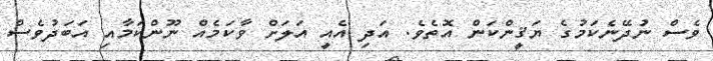
ވެސް ނުދޭނެކަމުގެ ޔަޤީންކަން އޮތެވެ. އަދި އެއީ އަލަށް ވާކަމެއް ނޫންކަމާއި އަބަދުވެސް